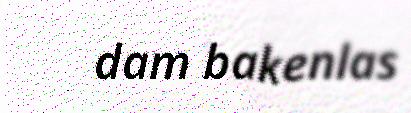
dam bakenlas